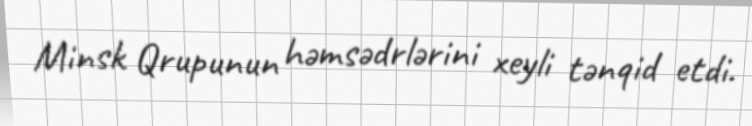
Minsk Qrupunun həmsədrlərini xeyli tənqid etdi.